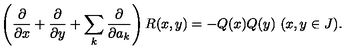
\left( { \frac { \partial } { \partial x } } + { \frac { \partial } { \partial y } } + \sum _ { k } { \frac { \partial } { \partial a _ { k } } } \right) R ( x , y ) = - Q ( x ) Q ( y ) \ ( x , y \in J ) .